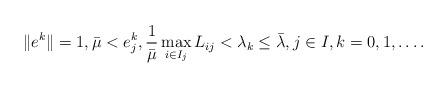
LaTeX: \begin{align*}\|e^k\|=1, \bar{\mu}<e^k_j, \frac{1}{\bar{\mu}}\max_{i\in I_j}L_{ij}<\lambda_k \leq\bar{\lambda}, j\in {I}, k=0, 1,\ldots.\end{align*}